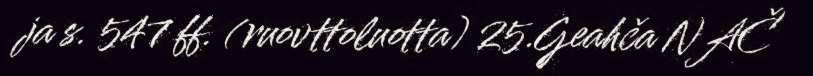
ja s. 547 ff. (ruovttoluotta) 25.Geahča NAČ